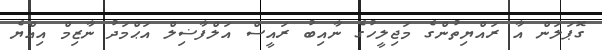
ގޮޕަލަން އާ ރައްޔިތުންގެ މަޖިލީހުގެ ނާއިބު ރައީސް އަލްފާޟިލް އަޙްމަދު ނާޒިމް އިއްޔެ